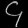
Digit: ၄